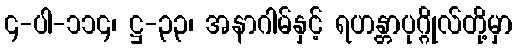
၄-ပါ-၁၁၄၊ ဋ္ဌ-၃၃၊ အနာဂါမ်နှင့် ရဟန္တာပုဂ္ဂိုလ်တို့မှာ